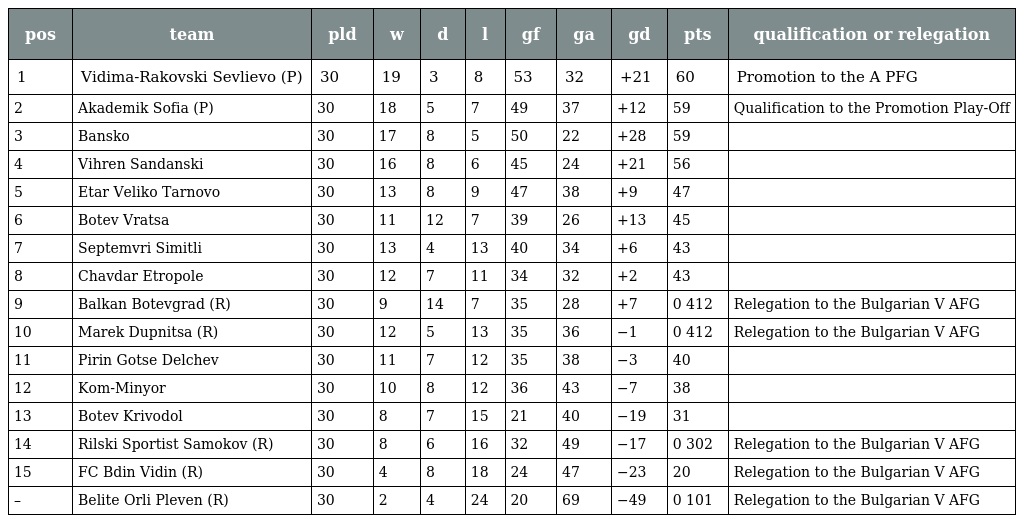
| pos | team | pld | w | d | l | gf | ga | gd | pts | qualification or relegation |
 | --- | --- | --- | --- | --- | --- | --- | --- | --- | --- | --- |
 | 1 | Vidima-Rakovski Sevlievo (P) | 30 | 19 | 3 | 8 | 53 | 32 | +21 | 60 | Promotion to the A PFG |
 | 2 | Akademik Sofia (P) | 30 | 18 | 5 | 7 | 49 | 37 | +12 | 59 | Qualification to the Promotion Play-Off |
 | 3 | Bansko | 30 | 17 | 8 | 5 | 50 | 22 | +28 | 59 |  |
 | 4 | Vihren Sandanski | 30 | 16 | 8 | 6 | 45 | 24 | +21 | 56 |  |
 | 5 | Etar Veliko Tarnovo | 30 | 13 | 8 | 9 | 47 | 38 | +9 | 47 |  |
 | 6 | Botev Vratsa | 30 | 11 | 12 | 7 | 39 | 26 | +13 | 45 |  |
 | 7 | Septemvri Simitli | 30 | 13 | 4 | 13 | 40 | 34 | +6 | 43 |  |
 | 8 | Chavdar Etropole | 30 | 12 | 7 | 11 | 34 | 32 | +2 | 43 |  |
 | 9 | Balkan Botevgrad (R) | 30 | 9 | 14 | 7 | 35 | 28 | +7 | 0 412 | Relegation to the Bulgarian V AFG |
 | 10 | Marek Dupnitsa (R) | 30 | 12 | 5 | 13 | 35 | 36 | −1 | 0 412 | Relegation to the Bulgarian V AFG |
 | 11 | Pirin Gotse Delchev | 30 | 11 | 7 | 12 | 35 | 38 | −3 | 40 |  |
 | 12 | Kom-Minyor | 30 | 10 | 8 | 12 | 36 | 43 | −7 | 38 |  |
 | 13 | Botev Krivodol | 30 | 8 | 7 | 15 | 21 | 40 | −19 | 31 |  |
 | 14 | Rilski Sportist Samokov (R) | 30 | 8 | 6 | 16 | 32 | 49 | −17 | 0 302 | Relegation to the Bulgarian V AFG |
 | 15 | FC Bdin Vidin (R) | 30 | 4 | 8 | 18 | 24 | 47 | −23 | 20 | Relegation to the Bulgarian V AFG |
 | – | Belite Orli Pleven (R) | 30 | 2 | 4 | 24 | 20 | 69 | −49 | 0 101 | Relegation to the Bulgarian V AFG |